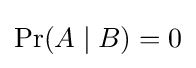
\Pr(A\mid B)=0